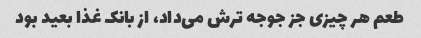
طعم هر چیزی جز جوجه ترش می‌داد، از بانک غذا بعید بود